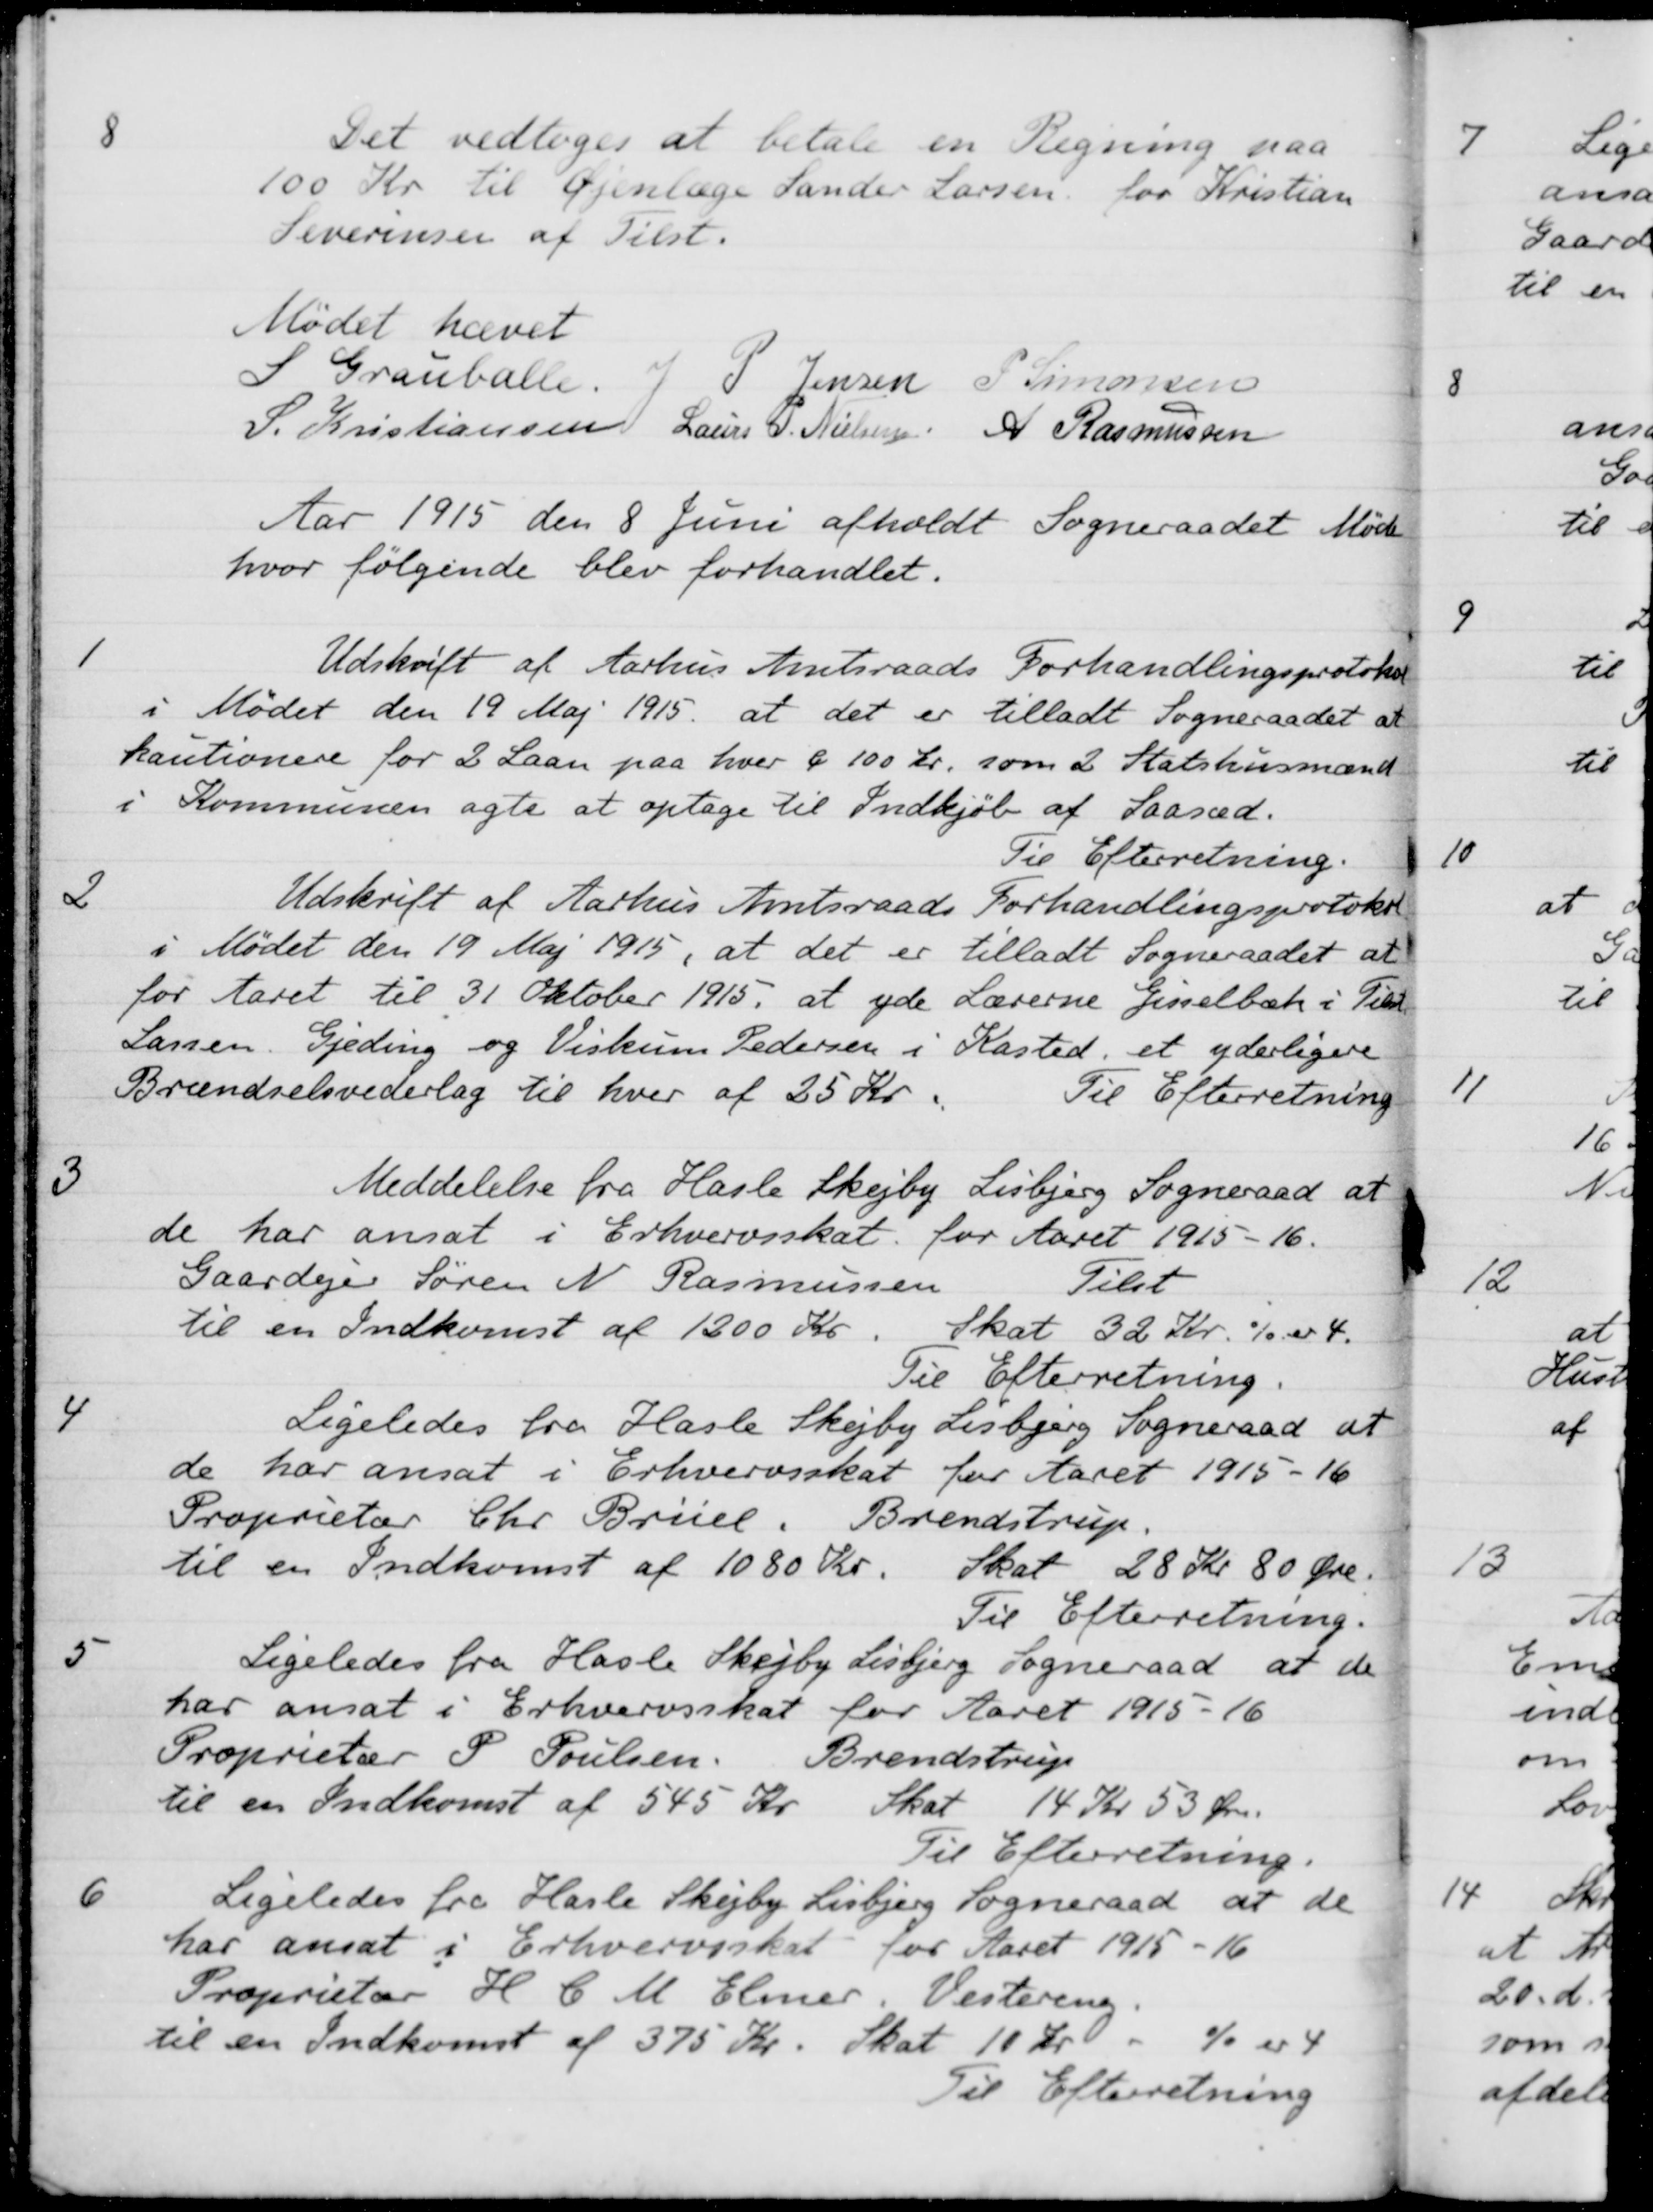
Transskription:
8
Det vedtoges at betale en Regning paa
100 Kr til Øjenlæge Sander Larsen for Kristian
Severinsen af Tilst.
Mødet hævet
S Grauballe. 
J. P. Jensen
P. Simonsen
S. Kristiansen
Laurs P. Nielsen
A Rasmussen
Aar 1915 den 8 Juni afholdt Sogneraadet Møde
hvor følgende blev forhandlet.
1
Udskrift af Aarhus Amtsraads Forhandlingsprotokol
i Mødet den 19 Maj 1915 at det er tilladt Sogneraadet at
kautionere for 2 Laan paa hver a 100 kr. som 2 Statshusmænd
i Kommunen agte at optage til Indkjøb af Saasæd.
Til Efterretning.
2
Udskrift af Aarhus Amtsraads Forhandlingsprotokol
i Mødet den 19 Maj 1915, at det er tilladt Sogneraadet at
for Aaret til 31 Oktober 1915, at yde Lærerne Gisselbæk i Tilst
Larsen, Gjeding og Viskum Pedersen i Kasted, et yderligere
Brændselsvederlag til hver af 25 Kr.
Til Efterretning
3
Meddelelse fra Hasle Skejby Lisbjerg Sogneraad at
de har ansat i Erhvervsskat for Aaret 1915-16.
Gaardejer Søren N. Rasmussen
Tilst
til en Indkomst af 1300 Kr
Skat 32 Kr. % er 4.
Til Efterretning.
4
Ligeledes fra Hasle Skejby Lisbjerg Sogneraad at
de har ansat i Erhvervsskat for Aaret 1915-16
Proprietær Chr. Brüel, Brendstrup.
til en Indkomst af 1080 Kr. Skat 28 Kr 80 Øre.
Til Efterretning.
5
Ligeledes fra Hasle Skejby Lisbjerg Sogneraad at de
har ansat i Erhvervsskat for Aaret 1915-16
Proprietær P. Poulsen, Brendstrup
til en Indkomst af 545 Kr. Skat 14 Kr 53 Øre.
Til Efterretning.
6
Ligeledes fra Hasle Skejby Lisbjerg Sogneraad at de
har ansat i Erhvervsskat for Aaret 1915-16
Proprietær H. C. M. Elmer. Vestereng.
til en Indkomst af 375 Kr. Skat 10 Kr
% er 4
Til Efterretning